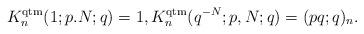
LaTeX: \begin{align*}K_n^{\rm qtm}(1;p.N;q)=1,K_n^{\rm qtm}(q^{-N};p,N;q)=(pq;q)_n.\end{align*}